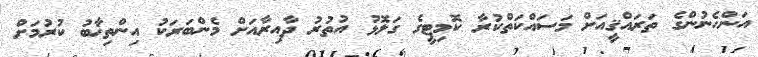
އަންހެނުންގެ ތަރައްޤީއަށް މަސައްކަތްކުރާ ކޮމިޓީގެ ގަލޮޅު އުތުރު ދާއިރާއަށް މެންބަރަކު އިންތިޚާބު ކުރުމަށް